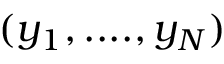
( y _ { 1 } , . . . . , y _ { N } )